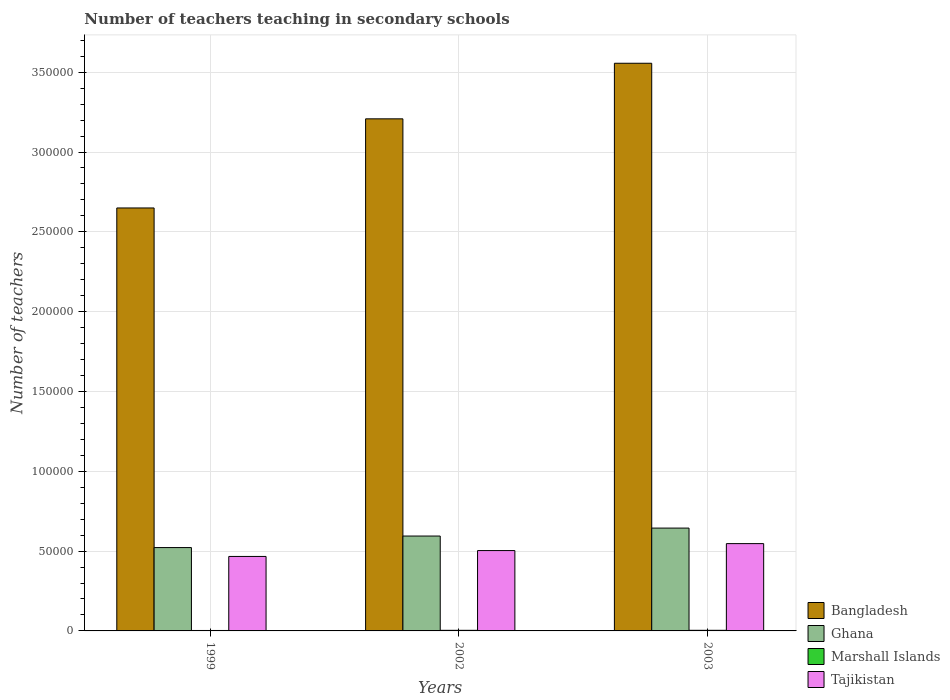
| Years | Bangladesh | Ghana | Marshall Islands | Tajikistan |
 | --- | --- | --- | --- | --- |
 | 1999 | 2.65e+05 | 5.22e+04 | 276 | 4.67e+04 |
 | 2002 | 3.21e+05 | 5.94e+04 | 381 | 5.03e+04 |
 | 2003 | 3.56e+05 | 6.44e+04 | 387 | 5.47e+04 |